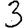
Digit: 3